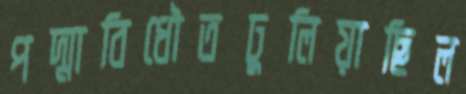
পদ্মাবিধৌতঢুলিয়াছিল